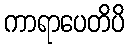
ကာရာပေတိပိ